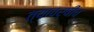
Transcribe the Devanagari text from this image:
त्यावर्षीच